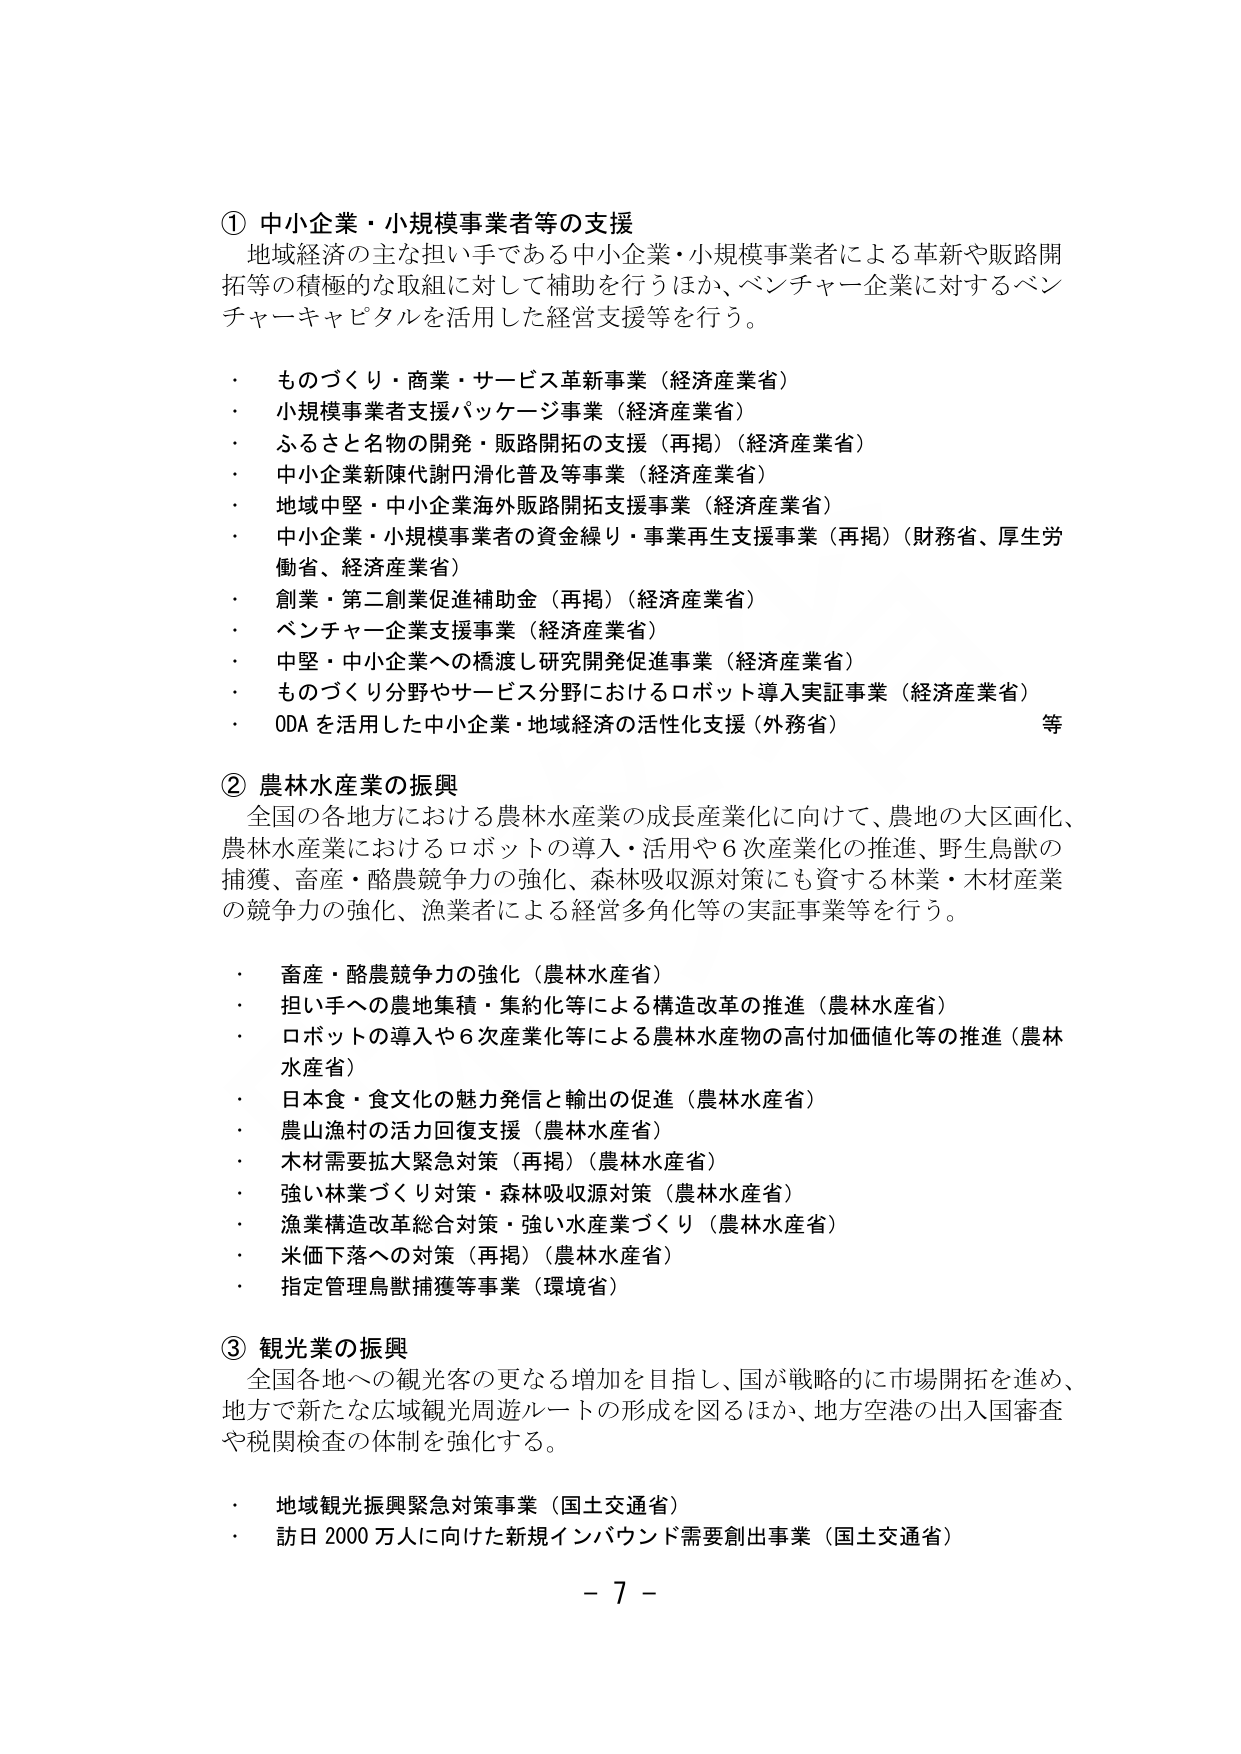
① 中小企業・小規模事業者等の支援
地域経済の主な担い手である中小企業・小規模事業者による革新や販路開拓等の積極的な取組に対して補助を行うほか、ベンチャー企業に対するベンチャーキャピタルを活用した経営支援等を行う。

・ ものづくり・商業・サービス革新事業（経済産業省）
・ 小規模事業者支援パッケージ事業（経済産業省）
・ ふるさと名物の開発・販路開拓の支援（再掲）（経済産業省）
・ 中小企業新陳代謝円滑化普及等事業（経済産業省）
・ 地域中堅・中小企業海外販路開拓支援事業（経済産業省）
・ 中小企業・小規模事業者の資金繰り・事業再生支援事業（再掲）（財務省、厚生労働省、経済産業省）
・ 創業・第二創業促進補助金（再掲）（経済産業省）
・ ベンチャー企業支援事業（経済産業省）
・ 中堅・中小企業への橋渡し研究開発促進事業（経済産業省）
・ ものづくり分野やサービス分野におけるロボット導入実証事業（経済産業省）
・ ODA を活用した中小企業・地域経済の活性化支援（外務省） 等

② 農林水産業の振興
全国の各地方における農林水産業の成長産業化に向けて、農地の大区画化、農林水産業におけるロボットの導入・活用や６次産業化の推進、野生鳥獣の捕獲、畜産・酪農競争力の強化、森林吸収源対策にも資する林業・木材産業の競争力の強化、漁業者による経営多角化等の実証事業等を行う。

・ 畜産・酪農競争力の強化（農林水産省）
・ 担い手への農地集積・集約化等による構造改革の推進（農林水産省）
・ ロボットの導入や６次産業化等による農林水産物の高付加価値化等の推進（農林水産省）
・ 日本食・食文化の魅力発信と輸出の促進（農林水産省）
・ 農山漁村の活力回復支援（農林水産省）
・ 木材需要拡大緊急対策（再掲）（農林水産省）
・ 強い林業づくり対策・森林吸収源対策（農林水産省）
・ 漁業構造改革総合対策・強い水産業づくり（農林水産省）
・ 米価下落への対策（再掲）（農林水産省）
・ 指定管理鳥獣捕獲等事業（環境省）

③ 観光業の振興
全国各地への観光客の更なる増加を目指し、国が戦略的に市場開拓を進め、地方で新たな広域観光周遊ルートの形成を図るほか、地方空港の出入国審査や税関検査の体制を強化する。

・ 地域観光振興緊急対策事業（国土交通省）
・ 訪日 2000 万人に向けた新規インバウンド需要創出事業（国土交通省）

－ 7 －